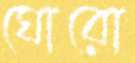
ঘোরো